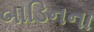
બાડિનના